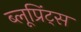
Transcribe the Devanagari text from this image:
ब्लूप्रिंट्स